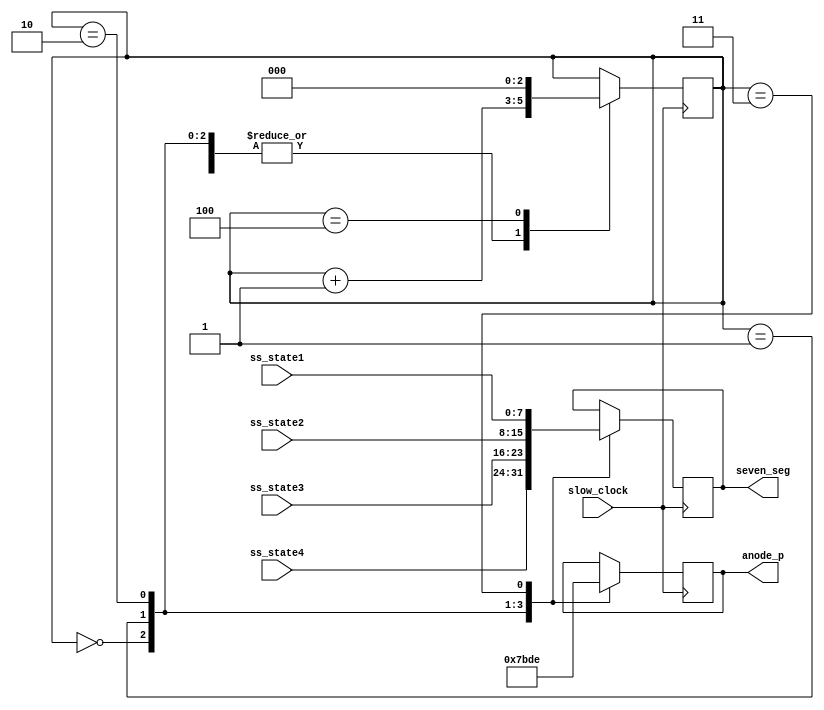
`timescale 1ns / 1ps
//////////////////////////////////////////////////////////////////////////////////
// Company: 
// Engineer: 
// 
// Design Name: 
// Module Name: ss_indicator
// Project Name: 
// Target Devices: 
// Tool Versions: 
// Description: 
// 
// Dependencies: 
// 
// Revision:
// Revision 0.01 - File Created
// Additional Comments:
// 
//////////////////////////////////////////////////////////////////////////////////


module ss_indicator(
    input [7 : 0] ss_state1,
    input [7 : 0] ss_state2,
    input [7 : 0] ss_state3,
    input [7 : 0] ss_state4,
    input slow_clock,
    output reg [3:0] anode_p,
    output reg [7:0] seven_seg
    );
    
    reg [2 : 0] count = 0;
    
    always @ (posedge slow_clock) begin
        case(count)
        3'd0: begin
        seven_seg <= ss_state4;
        anode_p <= 4'b0111;
        count <= count + 1;
        end
        3'd1: begin
        seven_seg <= ss_state3;
        anode_p <= 4'b1011;
        count <= count + 1;
        end        
        3'd2: begin
        seven_seg <= ss_state2;
        anode_p <= 4'b1101;
        count <= count + 1;
        end
        3'd3: begin
        seven_seg <= ss_state1;
        anode_p <= 4'b1110;
        count <= count + 1;
        end
        3'd4: begin   
        count <= 0;
        end             
        endcase
    end
    
endmodule